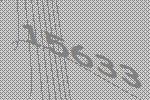
15633